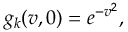
g _ { k } ( v , 0 ) = e ^ { - v ^ { 2 } } ,